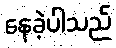
နေခဲ့ပါသည်